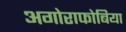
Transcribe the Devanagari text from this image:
अगोराफोबिया